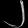
Digit: ၂